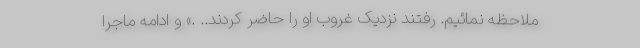
ملاحظه نمائیم. رفتند نزدیک غروب او را حاضر کردند.. .» و ادامه ماجرا